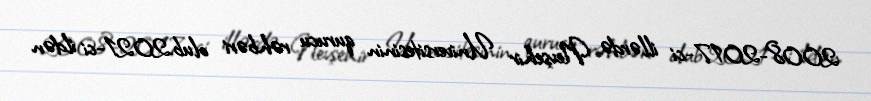
2008-2017-ci illərdə Nevşehir Universitesinin qurucu rəhbəri olub.2021-ci ildən